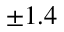
\pm 1 . 4